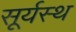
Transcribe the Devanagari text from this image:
सूर्यस्थ